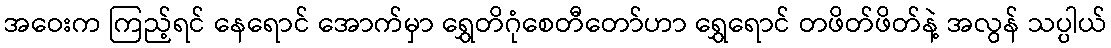
အဝေးက ကြည့်ရင် နေရောင် အောက်မှာ ရွှေတိဂုံစေတီတော်ဟာ ရွှေရောင် တဖိတ်ဖိတ်နဲ့ အလွန် သပ္ပါယ်